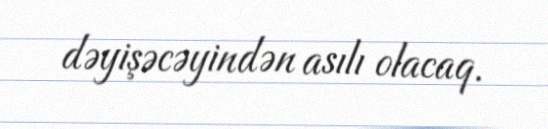
dəyişəcəyindən asılı olacaq.